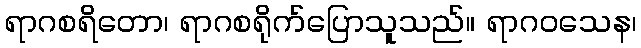
ရာဂစရိတော၊ ရာဂစရိုက်ပြောသူသည်။ ရာဂဝသေန၊